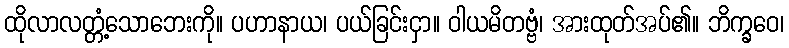
ထိုလာလတ္တံ့သောဘေးကို။ ပဟာနာယ၊ ပယ်ခြင်းငှာ။ ဝါယမိတဗ္ဗံ၊ အားထုတ်အပ်၏။ ဘိက္ခဝေ၊